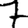
Digit: 7